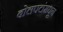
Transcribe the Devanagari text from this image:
बोलपटांमधून